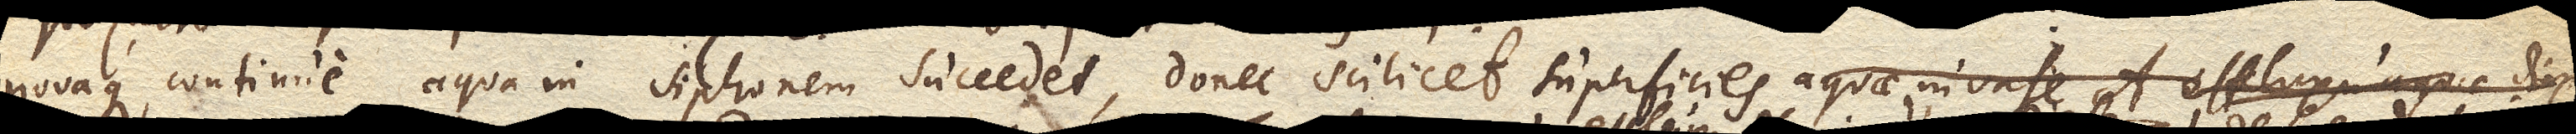
novaque continue aqua in siphonem succedet, donec scilicet aquae in vase A. effluxu deminuta